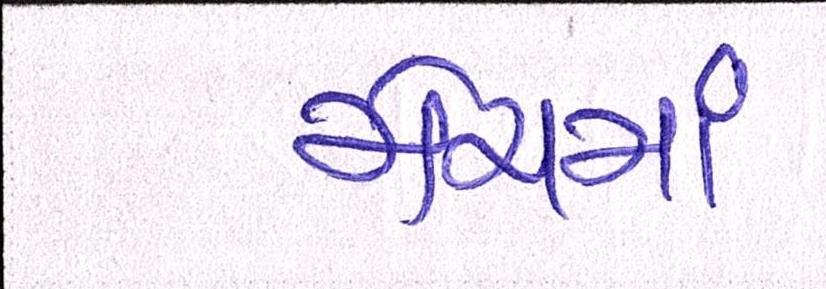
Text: મેચમાં